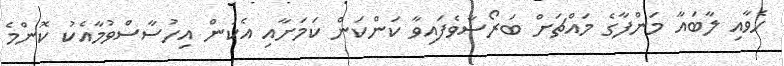
ހެވާއި ލާބައާ މަންފާގެ މައްޗަށް ބަރޯސާވެފައިވާ ކަންކަން ކަމަށާއި އެކަން އިހުސާސްވުމާއެކު ކޮންމެ